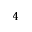
^ 4